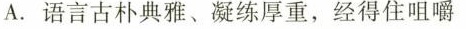
A.语言古朴典雅、凝练厚重，经得住咀嚼